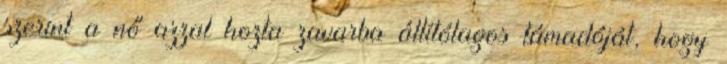
szerint a nő azzal hozta zavarba állítólagos támadóját, hogy